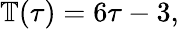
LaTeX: \begin{array}{r}{\mathbb{T}(\tau)=6\tau-3,}\end{array}